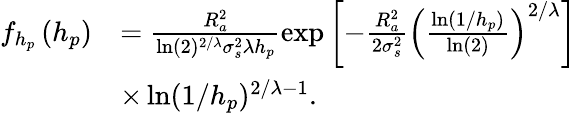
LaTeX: \begin{array}{rl}{f_{h_{p}}\left(h_{p}\right)}&{=\frac{R_{a}^{2}}{\ln(2)^{2/\lambda}\sigma_{s}^{2}\lambda h_{p}}\exp\left[-\frac{R_{a}^{2}}{2\sigma_{s}^{2}}\left(\frac{\ln(1/h_{p})}{\ln(2)}\right)^{2/\lambda}\right]}\\ &{\times\ln(1/h_{p})^{2/\lambda-1}.}\end{array}